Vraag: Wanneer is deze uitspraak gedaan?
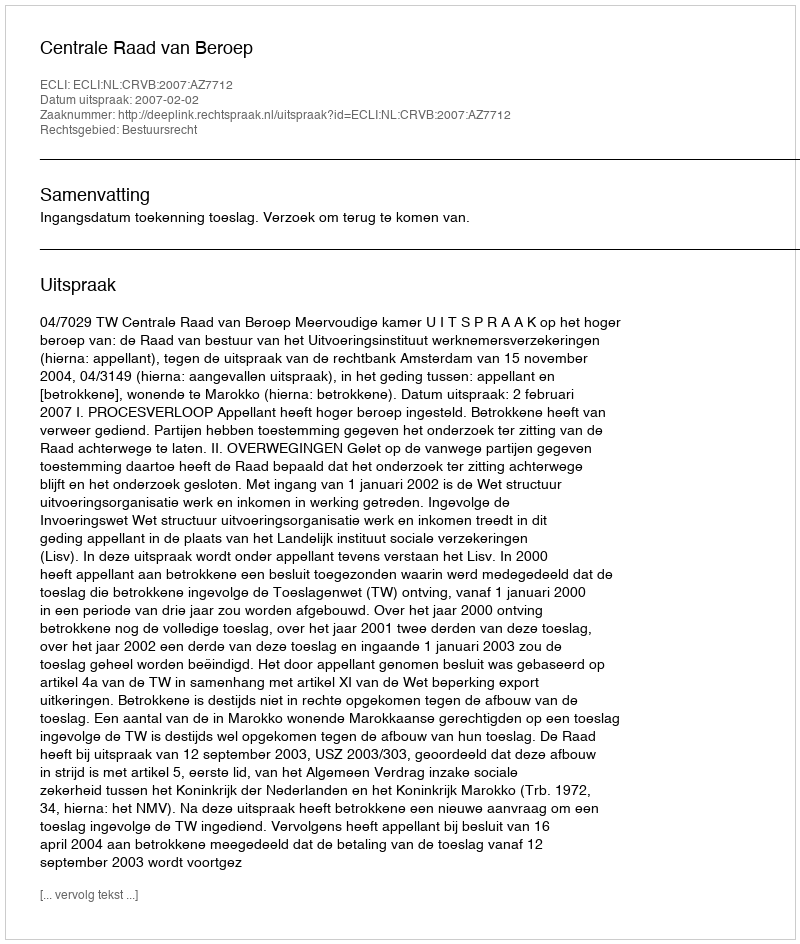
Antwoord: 2007-02-02